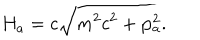
LaTeX: H _ { a } = c \sqrt { m ^ { 2 } c ^ { 2 } + { \bf p } _ { a } ^ { 2 } } .